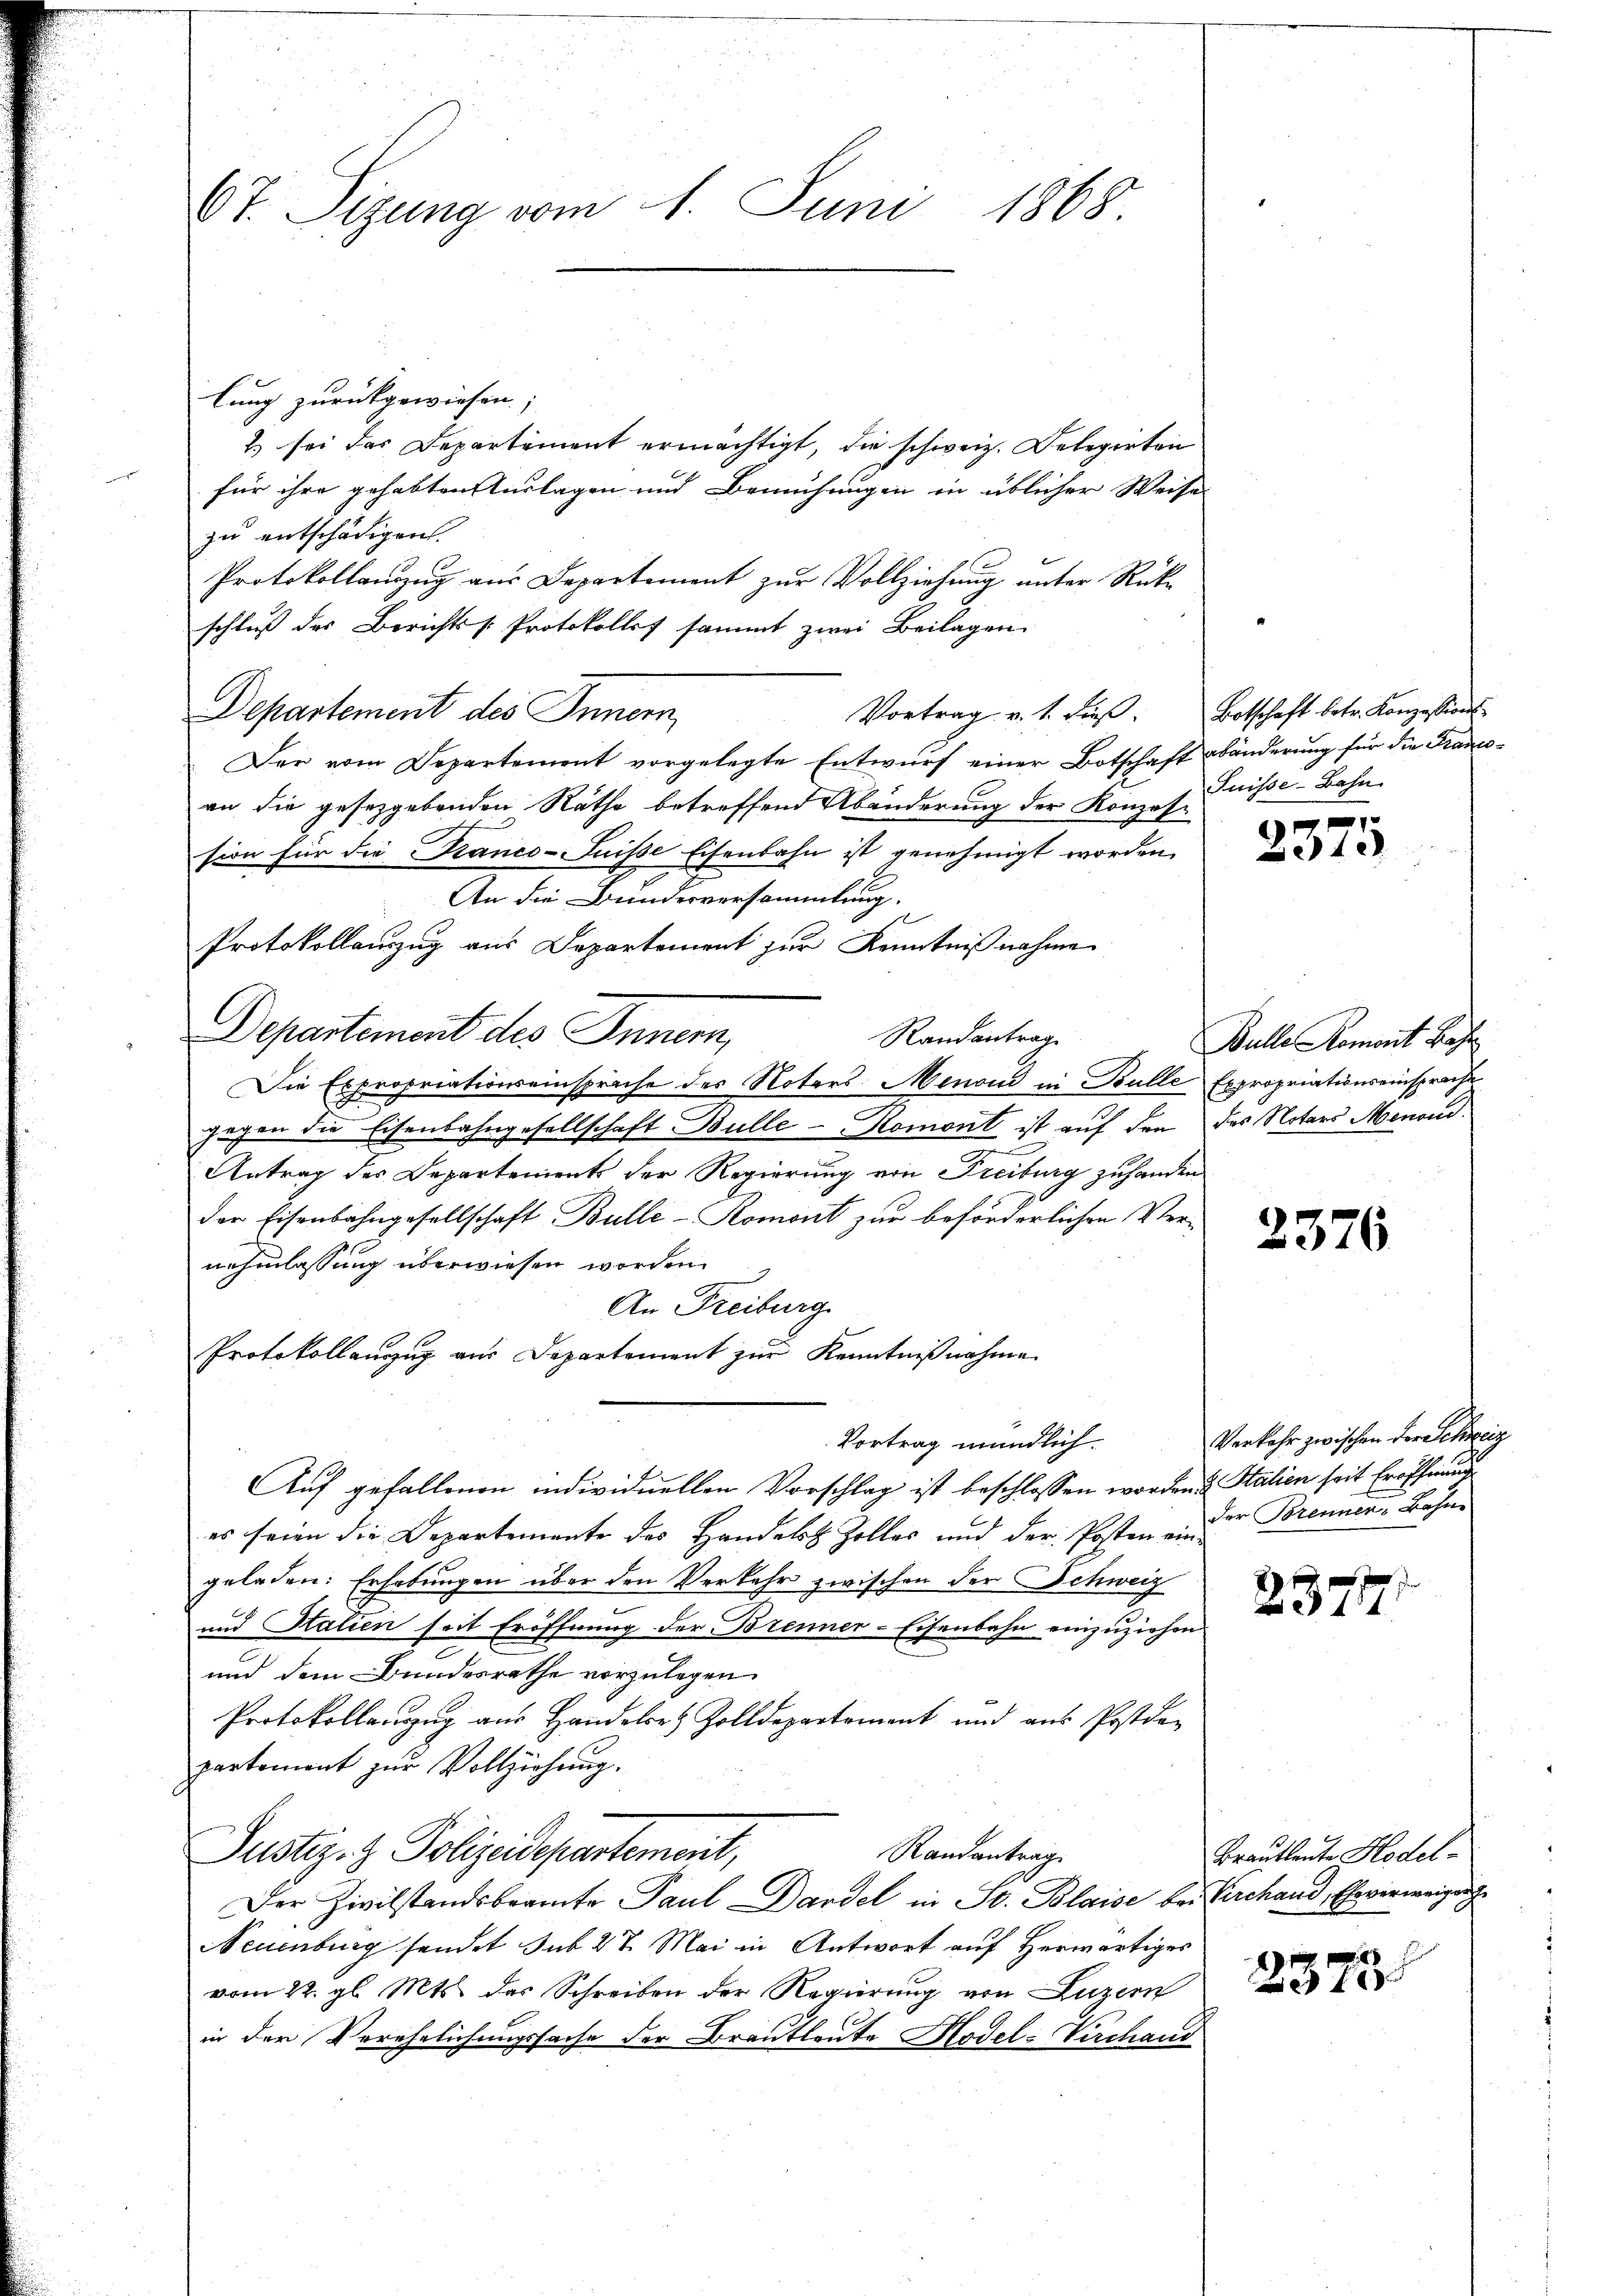
67. Sizung vom 1. Juni 1868.

lung zurückgewiesen;
2) sei das Departement ermächtigt, die schweiz. Delegirten
für ihre gehabten Auslagen und Bemühungen in üblicher Weise
zu entschädigen.
Protokollauszug aus Departement zur Vollziehung unter Rückschluß des Berichtss. Protokolles sammt zwei Beilagen
Departement des Innern,
Vortrag v. 1. dieß
Der vom Departemont vorgelegte Entwurf einer Botschaft abänderung für die Franan die gesetzgebenden Räthe betreffend Abänderung der Konzose
sion für die Kranco-Fuisse Eisenbahn ist genehmigt worden.
An die Bundesversammlung.
Protokollauszug aus Departement zur Kenntnißnahme
Departement des Innern,
Randantrag
Die Expropriationseinsprache des Notars Menoud in Bulle Expropriationseinsprache
gegen die Eisenbahngesellschaft Bulle - Romont ist auf den
Antrag des Departements der Regierung von Freiburg zuhanden
der Eisenbahngesellschaft Bulle-Komont zur beförderlichen Vernehmlassung überwiesen worden.
An Freiburg
Protokollanzug aus Departement zur Kenntnißnahme.
Vortrag mündlich.
Auf gefallenen individuellen Vorschlag ist beschlossen worden & Stalien seit Eröffnung
es seien die Departemente des Handelst Zolles und der Posten ein der Torennen-Bahne
geladen: Erhebungen über den Verkehr zwischen der Schweiz
und Stalien seit Eröffnung der Brenner-Eisenbahn einzuziehen
und dem Bundesrathe vorzulegen.
Protokollenzug aus Handele Zolldepartement und aus Postden
partement zur Vollziehung.
Justiz- & Polizeidepartement,
Randantrag
Der Zivilstandsbeamte Paul Dardel in St. Blaise bei Kirchaud, Eheverweigung
Neuenburg sendet sub 27. Mai in Antwort auf Herwärtiges
vom 22. gl. Mts. des Schreiben der Regierung von Luzern
in der Verehelichungssache der Brautleute Model-Verchaud

Botschaft betr. Konzessions-
Suisse-Bahn.

g
4e

Bulle Arment Base
des Notars Menoud.

2376

Verkehr zwischen der Schreiz

2377.

Brautleute Hodel-

2375